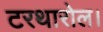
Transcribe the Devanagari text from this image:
टरथारोल।